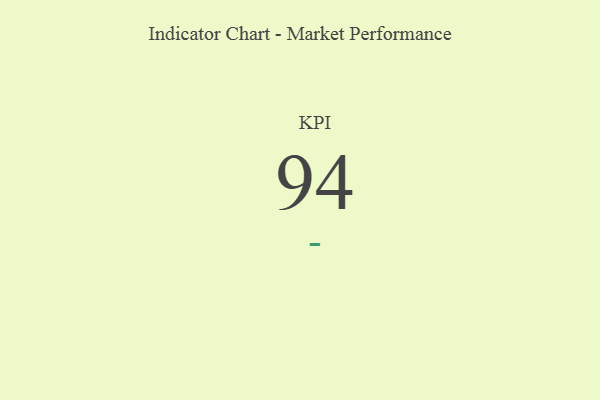
{"axis": {"x": "KPI", "y": "Value"}, "legend": [""], "data": [{"x": "KPI", "y": 94, "type": ""}]}